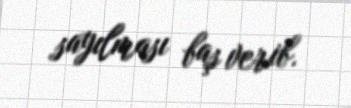
sayılması baş verib.